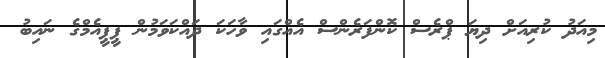
މިއަދު ކުރިއަށް ދިޔަ ޕްރެސް ކޮންފަރެންސް އެއްގައި ވާހަކަ ދައްކަވަމުން ޕީޕީއެމްގެ ނައިބު